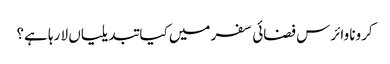
کرونا وائرس فضائی سفر میں کیا تبدیلیاں لا رہا ہے؟